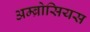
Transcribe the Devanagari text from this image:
अम्ब्रोसियस